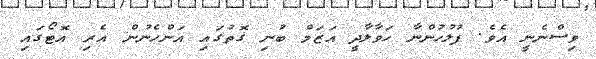
ވިސްނެނީ އެވެ. ފުލުހުންނާ ހަވާލާދީ އަޒަމް ބުނި ގޮތުގައި އަންހެނުން އެރި އޮޓޯގައި